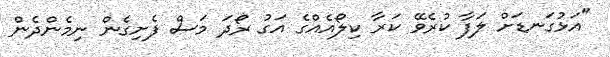
"އަޅުގަނޑަށް ލަފާ ކުރެވޭ ކަރާ ކިލޯއެއްގެ އަގު ރޯދަ މަސް ފެށިގެން ނިމެންދެން